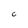
Character: C